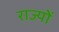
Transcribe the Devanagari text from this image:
राज्योें